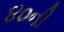
૪૦ની